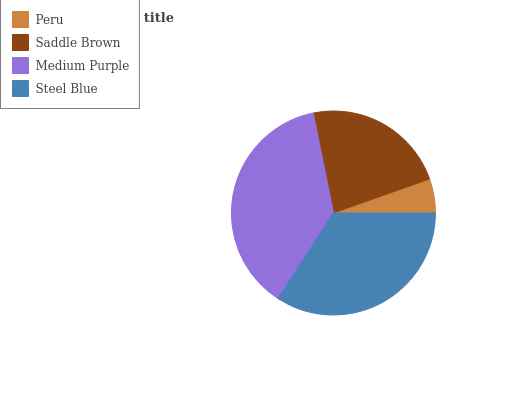
| Peru | Saddle Brown | Medium Purple | Steel Blue |
 | --- | --- | --- | --- |
 | 5.41% | 22.7% | 37.7% | 34.2% |